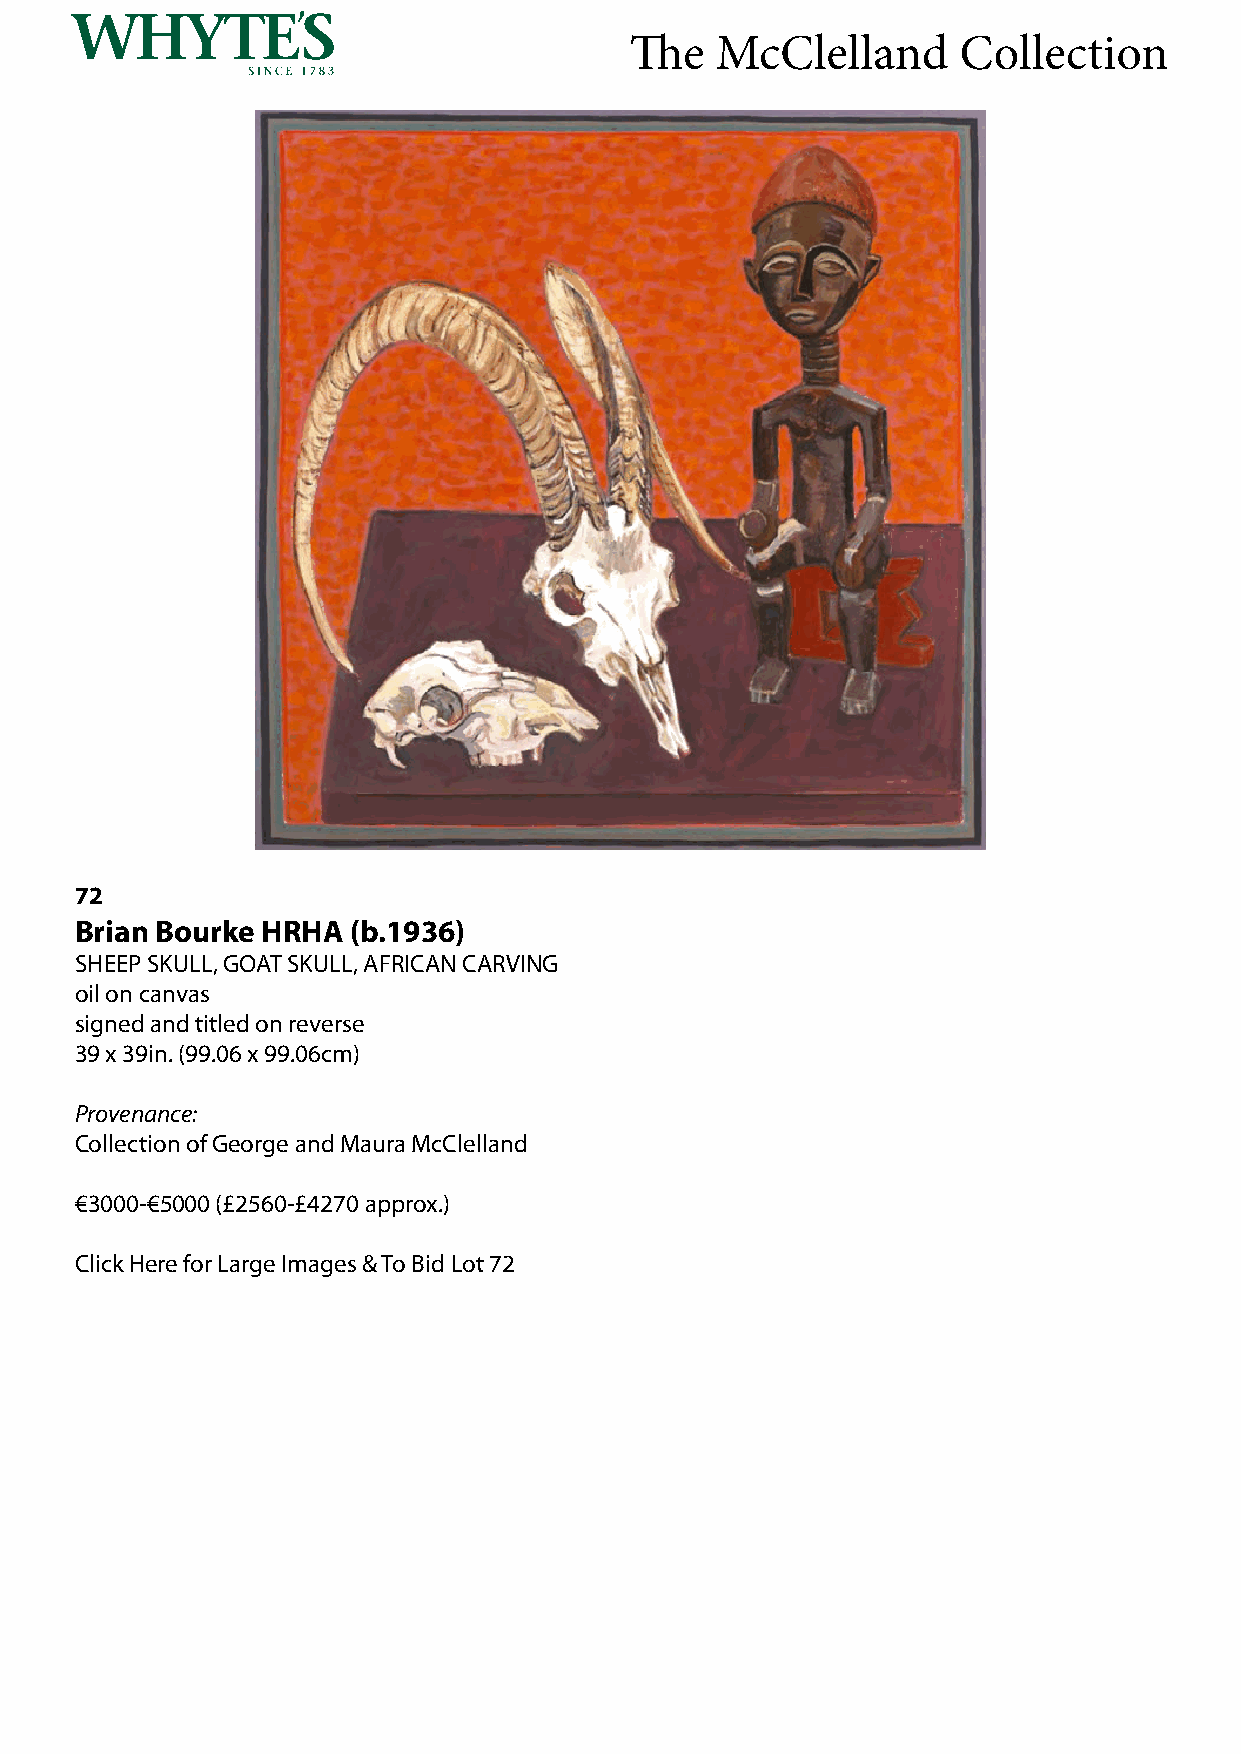
The  McClelland      Collection
 72
 Brian Bourke HRHA (b.1936)
 SHEEP SKULL, GOAT SKULL, AFRICAN CARVING
 oil on canvas
 signed and titled on reverse
 39 x 39in. (99.06 x 99.06cm)
 Provenance:
 Collection of George and Maura McClelland
 €3000-€5000 (£2560-£4270 approx.)
 Click Here for Large Images & To Bid Lot 72